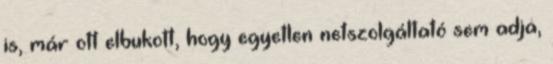
is, már ott elbukott, hogy egyetlen netszolgáltató sem adja,